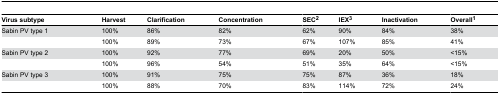
<table><thead><tr><td><b>Virus subtype</b></td><td><b>Harvest</b></td><td><b>Clarification</b></td><td><b>Concentration</b></td><td><b>SEC<sup>2</sup></b></td><td><b>IEX<sup>3</sup></b></td><td><b>Inactivation</b></td><td><b>Overall<sup>1</sup></b></td></tr></thead><tbody><tr><td>Sabin PV type 1</td><td>100%</td><td>86%</td><td>82%</td><td>62%</td><td>90%</td><td>84%</td><td>38%</td></tr><tr><td></td><td>100%</td><td>89%</td><td>73%</td><td>67%</td><td>107%</td><td>85%</td><td>41%</td></tr><tr><td>Sabin PV type 2</td><td>100%</td><td>92%</td><td>77%</td><td>69%</td><td>20%</td><td>50%</td><td>&lt;15%</td></tr><tr><td></td><td>100%</td><td>96%</td><td>54%</td><td>51%</td><td>35%</td><td>64%</td><td>&lt;15%</td></tr><tr><td>Sabin PV type 3</td><td>100%</td><td>91%</td><td>75%</td><td>75%</td><td>87%</td><td>36%</td><td>18%</td></tr><tr><td></td><td>100%</td><td>88%</td><td>70%</td><td>83%</td><td>114%</td><td>72%</td><td>24%</td></tr></tbody></table>